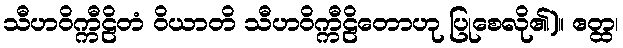
သီဟဝိက္ကီဠိတံ ဝိယာတိ သီဟဝိက္ကီဠိတောဟု ပြုစေလို၏)။ ဧတ္ထ၊